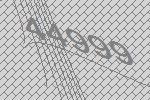
44999